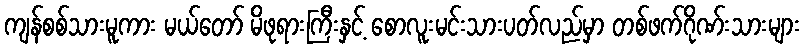
ကျန်စစ်သားမူကား မယ်တော် မိဖုရားကြီးနှင့် စောလူးမင်းသားပတ်လည်မှာ တစ်ဖက်ဂိုဏ်းသားများ